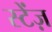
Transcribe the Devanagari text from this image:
स्टेंज़